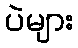
ပဲများ